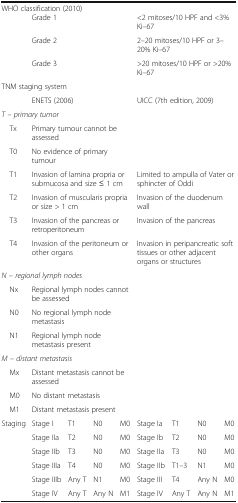
<table><thead><tr><td colspan="9"><b>WHO classification (2010)</b></td></tr></thead><tbody><tr><td></td><td colspan="4">Grade 1</td><td colspan="4">&lt;2 mitoses/10 HPF and &lt;3% Ki–67</td></tr><tr><td></td><td colspan="4">Grade 2</td><td colspan="4">2–20 mitoses/10 HPF or 3–20% Ki–67</td></tr><tr><td></td><td colspan="4">Grade 3</td><td colspan="4">&gt;20 mitoses/10 HPF or &gt;20% Ki–67</td></tr><tr><td colspan="5">TNM staging system</td><td colspan="4"></td></tr><tr><td></td><td colspan="4">ENETS (2006)</td><td colspan="4">UICC (7th edition, 2009)</td></tr><tr><td colspan="9"><i>T – primary tumor</i></td></tr><tr><td> Tx</td><td colspan="4">Primary tumour cannot be assessed</td><td colspan="4"></td></tr><tr><td> T0</td><td colspan="4">No evidence of primary tumour</td><td colspan="4"></td></tr><tr><td> T1</td><td colspan="4">Invasion of lamina propria or submucosa and size ≤ 1 cm</td><td colspan="4">Limited to ampulla of Vater or sphincter of Oddi</td></tr><tr><td> T2</td><td colspan="4">Invasion of muscularis propria or size &gt; 1 cm</td><td colspan="4">Invasion of the duodenum wall</td></tr><tr><td> T3</td><td colspan="4">Invasion of the pancreas or retroperitoneum</td><td colspan="4">Invasion of the pancreas</td></tr><tr><td> T4</td><td colspan="4">Invasion of the peritoneum or other organs</td><td colspan="4">Invasion in peripancreatic soft tissues or other adjacent organs or structures</td></tr><tr><td colspan="9"><i>N – regional lymph nodes</i></td></tr><tr><td> Nx</td><td colspan="4">Regional lymph nodes cannot be assessed</td><td colspan="4"></td></tr><tr><td> N0</td><td colspan="4">No regional lymph node metastasis</td><td colspan="4"></td></tr><tr><td> N1</td><td colspan="4">Regional lymph node metastasis present</td><td colspan="4"></td></tr><tr><td colspan="9"><i>M – distant metastasis</i></td></tr><tr><td> Mx</td><td colspan="4">Distant metastasis cannot be assessed</td><td colspan="4"></td></tr><tr><td> M0</td><td colspan="4">No distant metastasis</td><td colspan="4"></td></tr><tr><td> M1</td><td colspan="4">Distant metastasis present</td><td colspan="4"></td></tr><tr><td>Staging</td><td>Stage I</td><td>T1</td><td>N0</td><td>M0</td><td>Stage Ia</td><td>T1</td><td>N0</td><td>M0</td></tr><tr><td></td><td>Stage IIa</td><td>T2</td><td>N0</td><td>M0</td><td>Stage Ib</td><td>T2</td><td>N0</td><td>M0</td></tr><tr><td></td><td>Stage IIb</td><td>T3</td><td>N0</td><td>M0</td><td>Stage IIa</td><td>T3</td><td>N0</td><td>M0</td></tr><tr><td></td><td>Stage IIIa</td><td>T4</td><td>N0</td><td>M0</td><td>Stage IIb</td><td>T1–3</td><td>N1</td><td>M0</td></tr><tr><td></td><td>Stage IIIb</td><td>Any T</td><td>N1</td><td>M0</td><td>Stage III</td><td>T4</td><td>Any N</td><td>M0</td></tr><tr><td></td><td>Stage IV</td><td>Any T</td><td>Any N</td><td>M1</td><td>Stage IV</td><td>Any T</td><td>Any N</td><td>M1</td></tr></tbody></table>